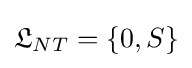
{\mathfrak {L}}_{NT}=\{0,S\}